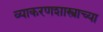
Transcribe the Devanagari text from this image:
व्याकरणशास्त्राच्या